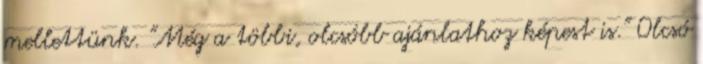
mellettünk. "Még a többi, olcsóbb ajánlathoz képest is." Olcsó